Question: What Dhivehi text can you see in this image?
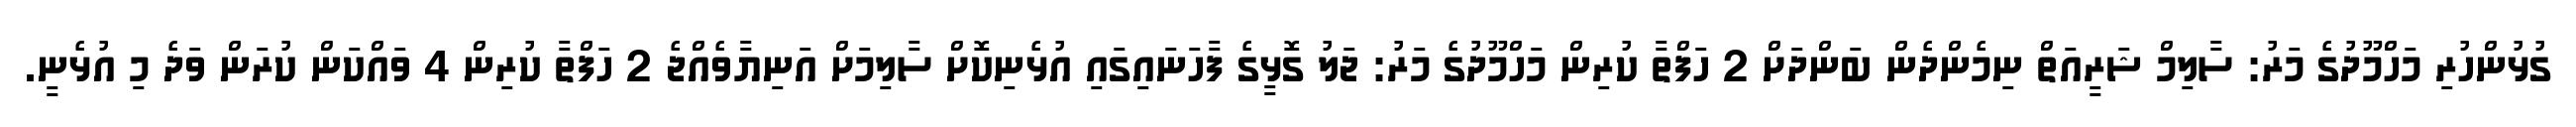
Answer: ގުޅުންހުރި މަހްމޫދުގެ މަރު: ސާލިމް ޝަރީއަތް ނިމެންދެން ބަންދަށް 2 ހަފްތާ ކުރިން މަހްމޫދުގެ މަރު: ޖަލު ގޮޅީގެ ފާހަނައިގައި އުޅެނިކޮށް ސާލިމަށް އަނިޔާވެއްޖެ 2 ހަފްތާ ކުރިން 4 ވައްކަން ކުރަން ވަދެ މި އުޅެނީ.